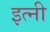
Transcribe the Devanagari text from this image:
इत्नी